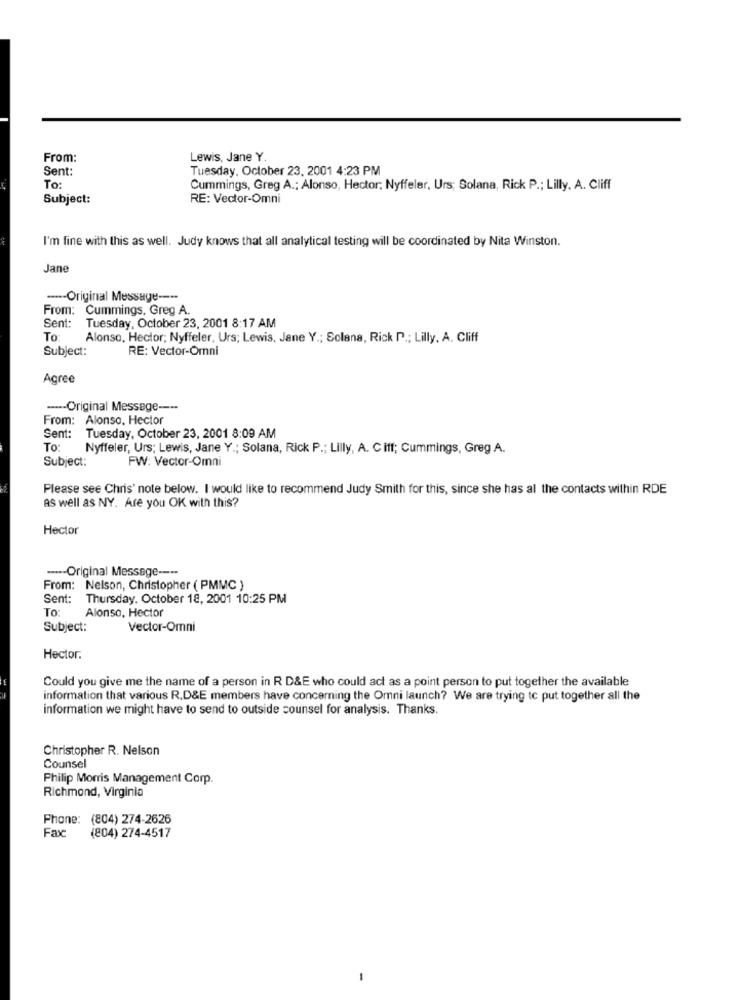
From:
Lewis, Jane Y.
Sent:
Tuesday, October 23, 2001 4:23 PM
To:
Cummings, Greg A .; Alonso, Hector; Nyffeler, Urs; Solana, Rick P .; Lilly, A. Cliff
Subject:
RE: Vector-Omni
I'm fine with this as well. Judy knows that all analytical testing will be coordinated by Nita Winston.
Jane
--- Original Message ----
From:
Cummings, Greg A.
Sent:
Tuesday, October 23, 2001 8:17 AM
To
Alonso, Hector; Nyffeler, Urs; Lewis, Jane Y .; Solana, Rick P .; Lilly. A. Cliff
Subject:
RE: Vector-Omni
Agree
---- Original Message ----
From: Alonso, Hector
Sent:
Tuesday, October 23, 2001 8:09 AM
To:
Nyffeler, Urs; Lewis, Jane Y .; Solana, Rick P .; Lilly, A. C iff; Cummings, Greg A.
Subject:
FW: Vector-Omni
Please see Chris' note below. I would like to recommend Judy Smith for this, since she has al the contacts within RDE
AS well as NY. Are you OK with this?
Hector
---- Original Message ----
From: Nelson, Christopher ( PMMC )
Sent:
Thursday, October 18, 2001 10:25 PM
To
Alonso, Hector
Subject:
Vector-Omni
Hector.
Could you give me the name of a person in R D&E who could act as a point person to put together the available
information that various R.D&E members have concerning the Omni launch? We are trying to put together all the
information we might have to send to outside counsel for analysis. Thanks.
Christopher R. Nelson
Counsel
Philip Morris Management Corp.
Richmond, Virginia
Phone: (804) 274-2626
Fax:
(804) 274-4517
-